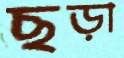
ছড়া